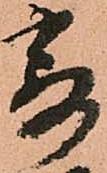
寄